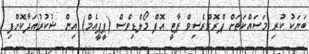
ބަޔަކު ކުރި މަސައްކަތަށް ޕްރޮގްރެސިވް ޕާޓީ އޮފް މޯލްޑިވްސް (ޕީޕީއެމް) އިން ޝުކުރުއަދާކޮށްފި